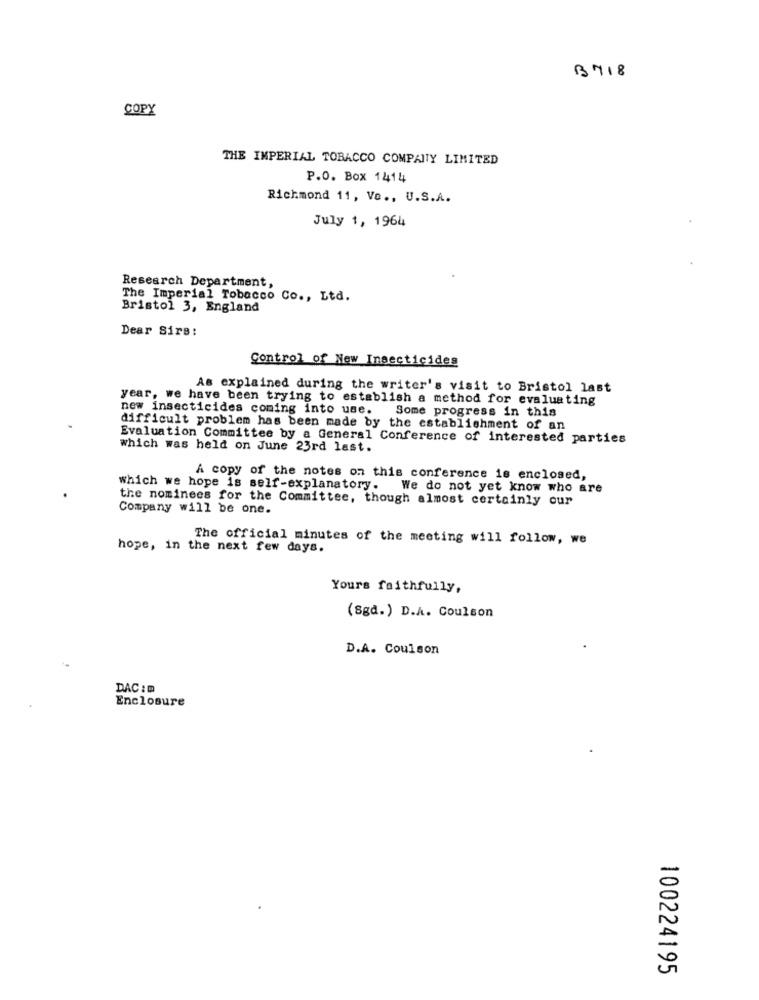
B718
COPY
THE IMPERIAL TOBACCO COMPANY LIMITED
P.O. Box 1414
Richmond 11, Ve ., U.S.A.
July 1, 1964
Research Department,
The Imperial Tobacco Co ., Ltd.
Bristol 3, England
Dear Sirs:
Control of New Insecticides
As explained during the writer's visit to Bristol last
year, we have been trying to establish a method for evaluating
new insecticides coming into use. Some progress in this
difficult problem has been made by the establishment of an
Evaluation Committee by a General Conference of interested parties
which was held on June 23rd last.
A copy of the notes on this conference is enclosed,
which we hope is self-explanatory.
We do not yet know who are
the nominees for the Committee, though almost certainly our
Company will be one.
The official minutes of the meeting will follow, we
hope, in the next few days.
Yours faithfully,
(Sgd.) D.A. Coulson
D.A. Coulson
DAC :@
Enclosure
100224195